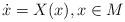
LaTeX: \begin{align*} \dot x= X(x), x\in M\end{align*}